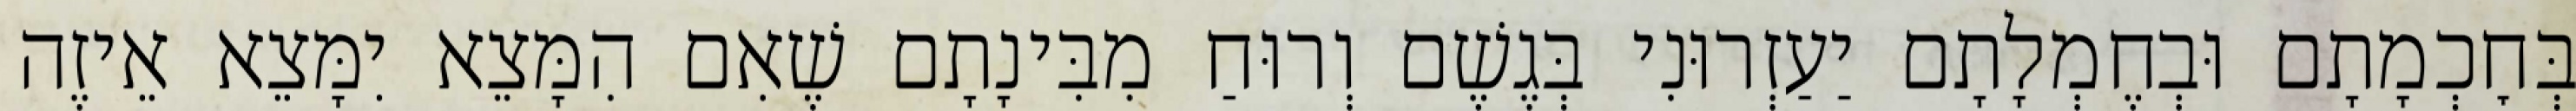
בְּחׇכְמָתָם וּבְחֶמְלָתָם יַעַזְרוּנִי בְּגֶשֶׁם וְרוּחַ מִבִּינָתָם שֶׁאִם הִמָּצֵא יִמָּצֵא אֵיזֶה